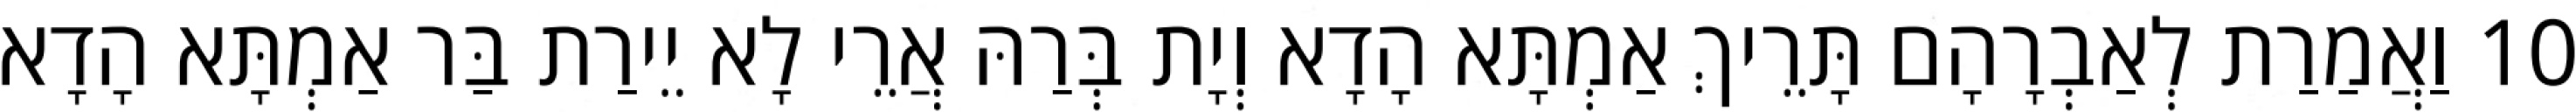
10 וַאֲמַרַת לְאַבְרָהָם תָּרֵיךְ אַמְתָּא הָדָא וְיָת בְּרַהּ אֲרֵי לָא יֵירַת בַּר אַמְתָּא הָדָא